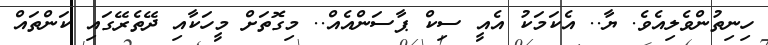
ހިނިތުންވެލިއެވެ. ޔާ.. އެކަމަކު އެއީ ސިކް ޕާސަންއެއް.. މިގޮތަށް މީހަކާއި ދޭތެރޭގައި ކަންތައް